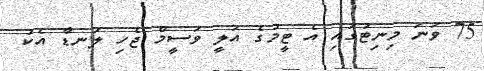
75 ވަނަ މިނިޓުގައި އެ ޓީމުގެ އަލީ ވަސީމް ޖެހި ލަނޑާ އެކު